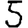
Digit: 5